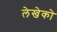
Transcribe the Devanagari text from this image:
लेखेको